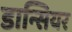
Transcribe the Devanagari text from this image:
डान्सियर